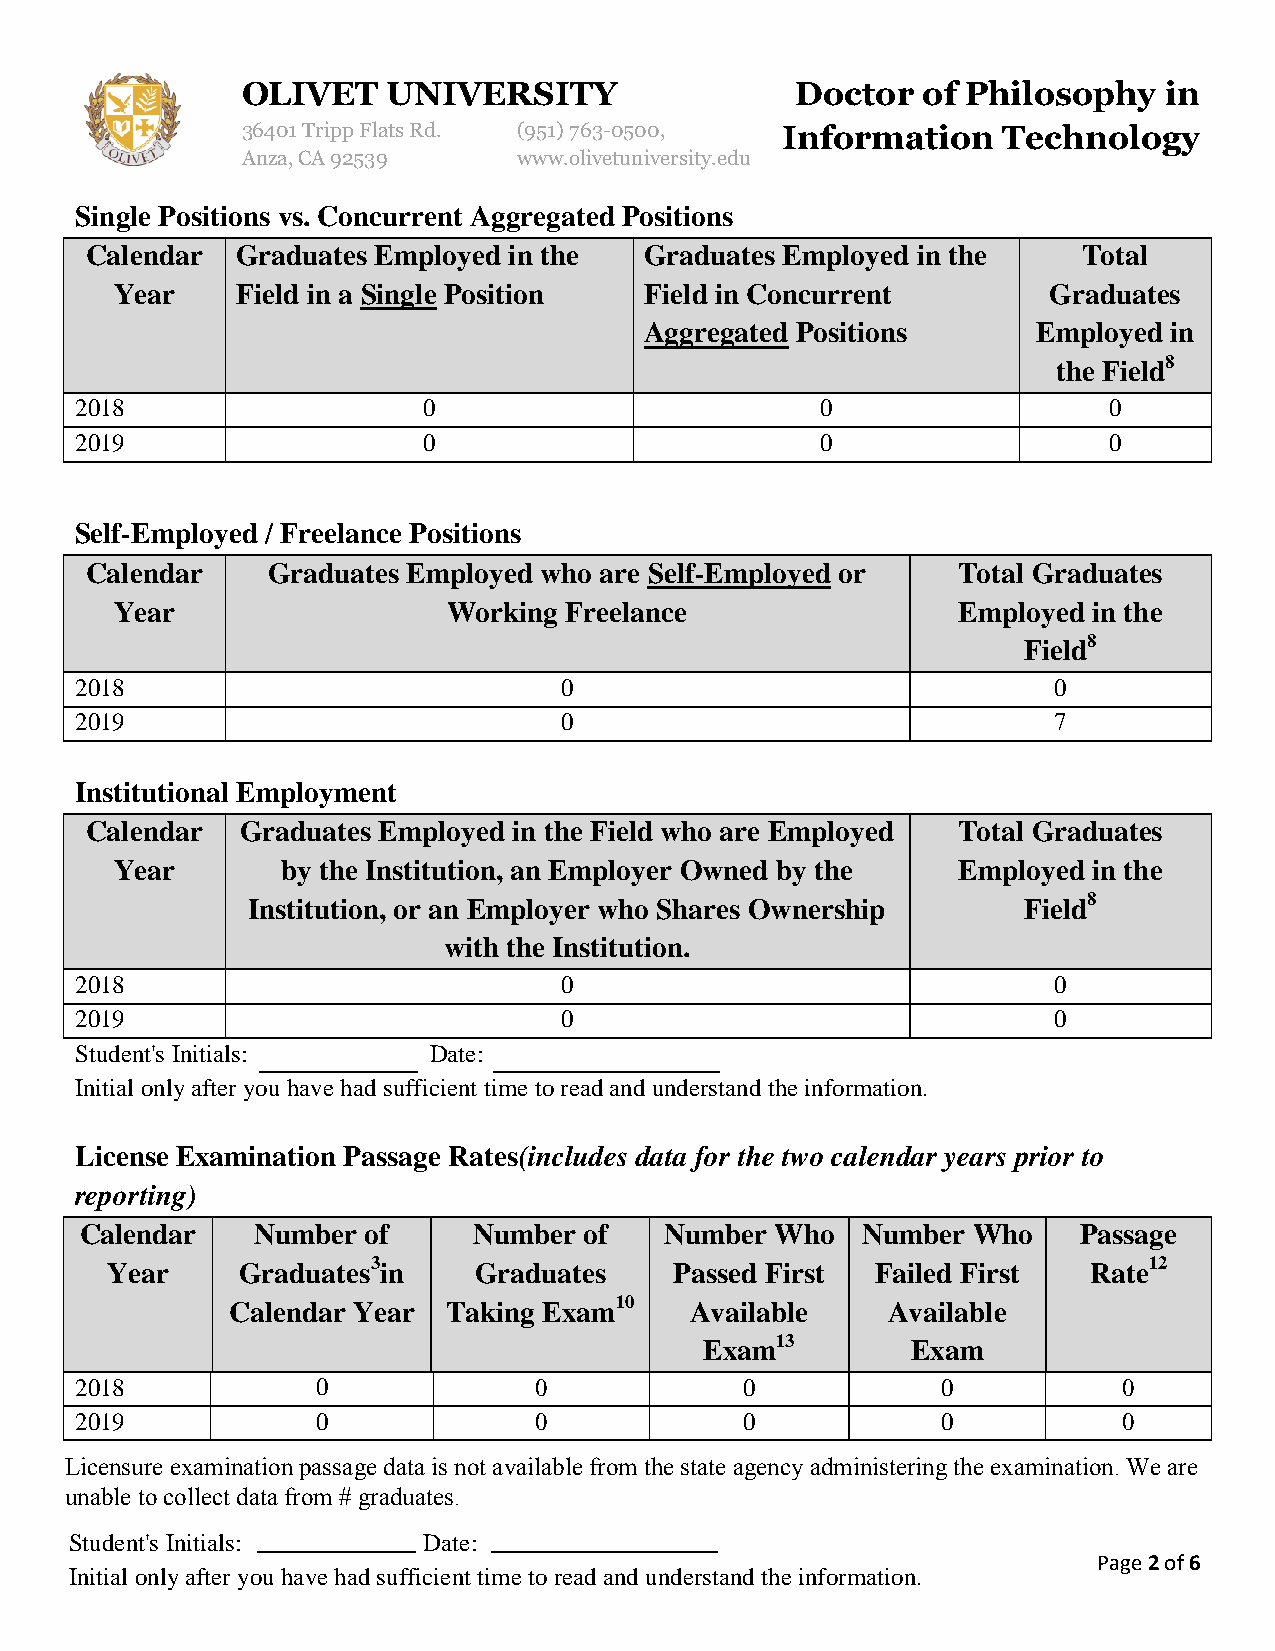
OLIVET    UNIVERSITY                 Doctor  of Philosophy   in
 36401 Tripp Flats Rd. (951)763-0500, Information  Technology
 Anza, CA 92539    www.olivetuniversity.edu
 Single Positions vs. Concurrent Aggregated Positions
 Calendar  Graduates Employed in the  Graduates Employed in the    Total
 Year    Field in a Single Position Field in Concurrent       Graduates
 Aggregated Positions      Employed in
 the Field8
 2018                   0                         0                  0
 2019                   0                         0                  0
 Self-Employed / Freelance Positions
 Calendar    Graduates Employed who are Self-Employed or  Total Graduates
 Year                  Working Freelance                Employed in the
 Field8
 2018                            0                                0
 2019                            0                                7
 Institutional Employment
 Calendar  Graduates Employed in the Field who are Employed Total Graduates
 Year       by the Institution, an Employer Owned by the Employed in the
 Institution, or an Employer who Shares Ownership    Field8
 with the Institution.
 2018                            0                                0
 2019                            0                                0
 Student's Initials:    Date:
 Initial only after you have had sufficient time to read and understand the information.
 License Examination Passage Rates(includes data for the two calendar years prior to
 reporting)
 Calendar    Number of     Number  of   Number Who   Number Who     Passage
 Year     Graduates3in   Graduates     Passed First Failed First  Rate12
 Calendar Year  Taking Exam10   Available    Available
 Exam13       Exam
 2018            0             0             0            0           0
 2019            0             0             0            0           0
 Licensure examination passage data is not available from the state agency administering the examination. We are
 unable to collect data from # graduates.
 Student's Initials:    Date:
 Page 2 of 6
 Initial only after you have had sufficient time to read and understand the information.